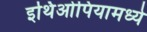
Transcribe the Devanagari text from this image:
इथिओपियामध्ये